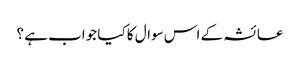
عائشہ کے اس سوال کا کیا جواب ہے ؟